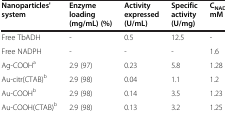
| Nanoparticles' system | Enzyme loading(mg/mL) (%) | Activity expressed (U/mL) | Specific activity (U/mg) | CNADPH, mM |
 | --- | --- | --- | --- | --- |
 | Free TbADH | - | 0.5 | 12.5 | - |
 | Free NADPH | - | - | - | 1.6 |
 | Ag-COOHa | 2.9 (97) | 0.23 | 5.8 | 1.28 |
 | Au-citr(CTAB)b | 2.9 (98) | 0.04 | 1.1 | 1.2 |
 | Au-COOHb | 2.9 (98) | 0.14 | 3.5 | 1.23 |
 | Au-COOH(CTAB)b | 2.9 (98) | 0.13 | 3.2 | 1.25 |